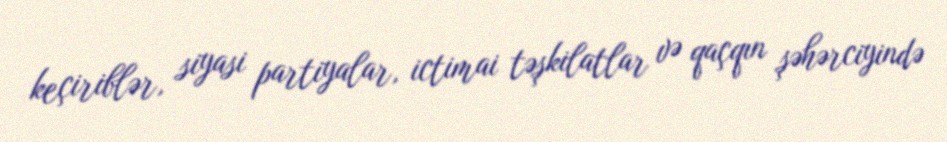
keçiriblər, siyasi partiyalar, ictimai təşkilatlar və qaçqın şəhərciyində